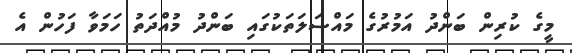
މީގެ ކުރިން ބަންދު އަމުރުގެ މައްސަލަތަކުގައި ބަންދު މުއްދަތު ހަމަވާ ފަހުން އެ